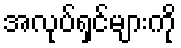
အလုပ်ရှင်များကို